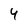
Character: 4